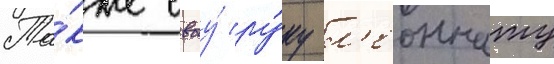
Та́кже своу́ ру́ку л'еоннату